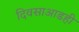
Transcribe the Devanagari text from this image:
दिवसाआडही